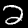
Digit: 2